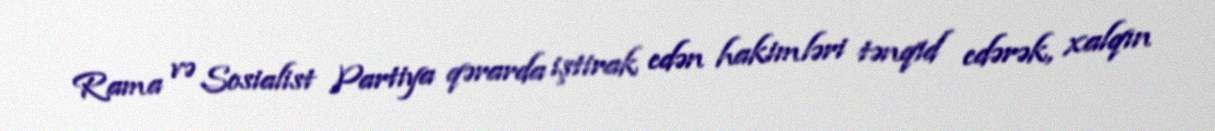
Rama və Sosialist Partiya qərarda iştirak edən hakimləri tənqid edərək, xalqın